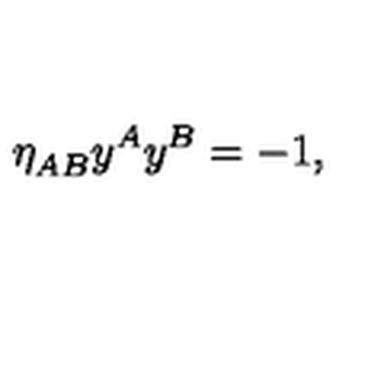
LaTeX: \eta _ { A B } ^ { } y ^ { A } y ^ { B } = - 1 ,